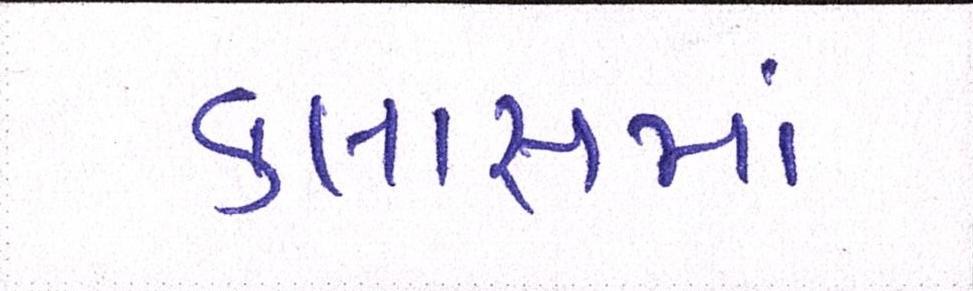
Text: ક્લાસમાં